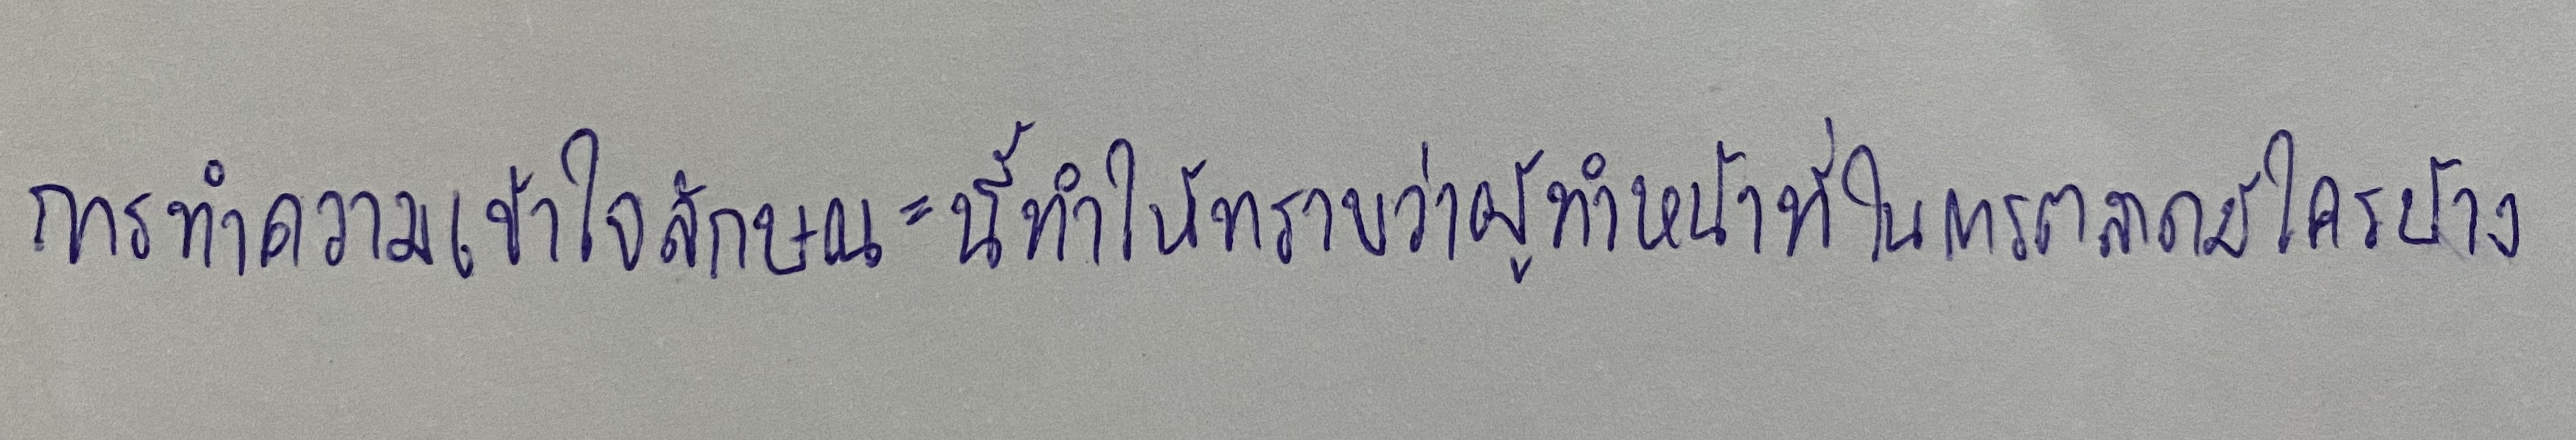
การทำความเข้าใจลักษณะนี้ทำให้ทราบว่าผู้ทำหน้าที่ในการตลาดมีใครบ้าง